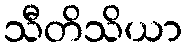
သီတိသိယာ